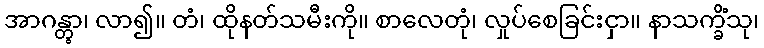
အာဂန္တွာ၊ လာ၍။ တံ၊ ထိုနတ်သမီးကို။ စာလေတုံ၊ လှုပ်စေခြင်းငှာ။ နာသက္ခိံသု၊